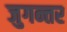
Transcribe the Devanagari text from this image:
जुगन्तर